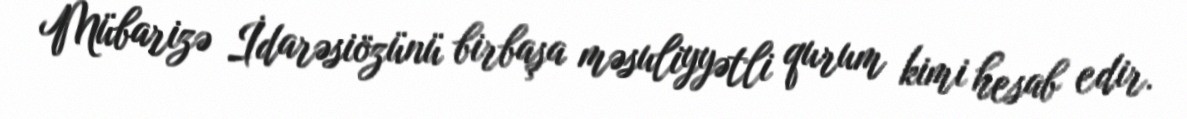
Mübarizə İdarəsiözünü birbaşa məsuliyyətli qurum kimi hesab edir.